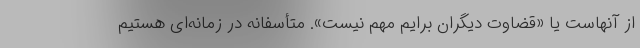
از آنهاست یا «قضاوت دیگران برایم مهم نیست». متأسفانه در زمانه‌ای هستیم